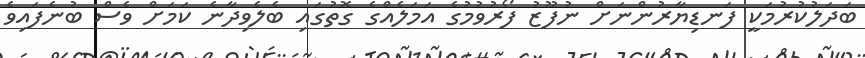
ބަދަލުކުރުމަކީ ފަނޑިޔާރުންނަށް ނުފޫޒު ފޯރުވުމުގެ އަމަލެއްގެ ގޮތުގައި ބެލެވިދާނެ ކަމަށް ވެސް ބުނެފައިވެ